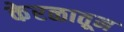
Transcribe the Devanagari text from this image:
केरळातून